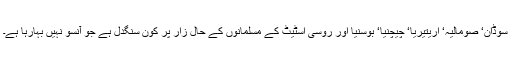
سوڈان‘ صومالیہ‘ اریتیریا‘ چیچنیا‘ بوسنیا اور روسی اسٹیٹ کے مسلمانوں کے حال زار پر کون سنگدل ہے جو آنسو نہیں بہارہا ہے۔